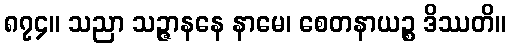
၈၇၄။ သညာ သဉ္ဇာနနေ နာမေ၊ စေတနာယဉ္စ ဒိဿတိ။